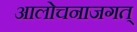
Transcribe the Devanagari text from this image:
आलोचनाजगत्